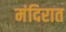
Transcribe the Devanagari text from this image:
मंदिरात